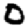
Digit: 0